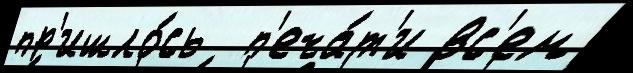
пр'ишло́сь  п'еча́т'и вс'ем